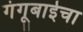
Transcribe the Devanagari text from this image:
गंगूबाईचा